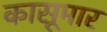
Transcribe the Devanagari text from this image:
कासूमार